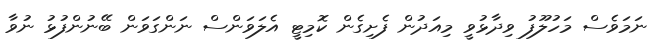
ނަމަވެސް މަހުލޫފު ވިދާޅުވީ މިއަދުން ފެށިގެން ކޮމިޓީ އެލަވަންސް ނަންގަވަން ބޭނުންފުޅު ނުވާ